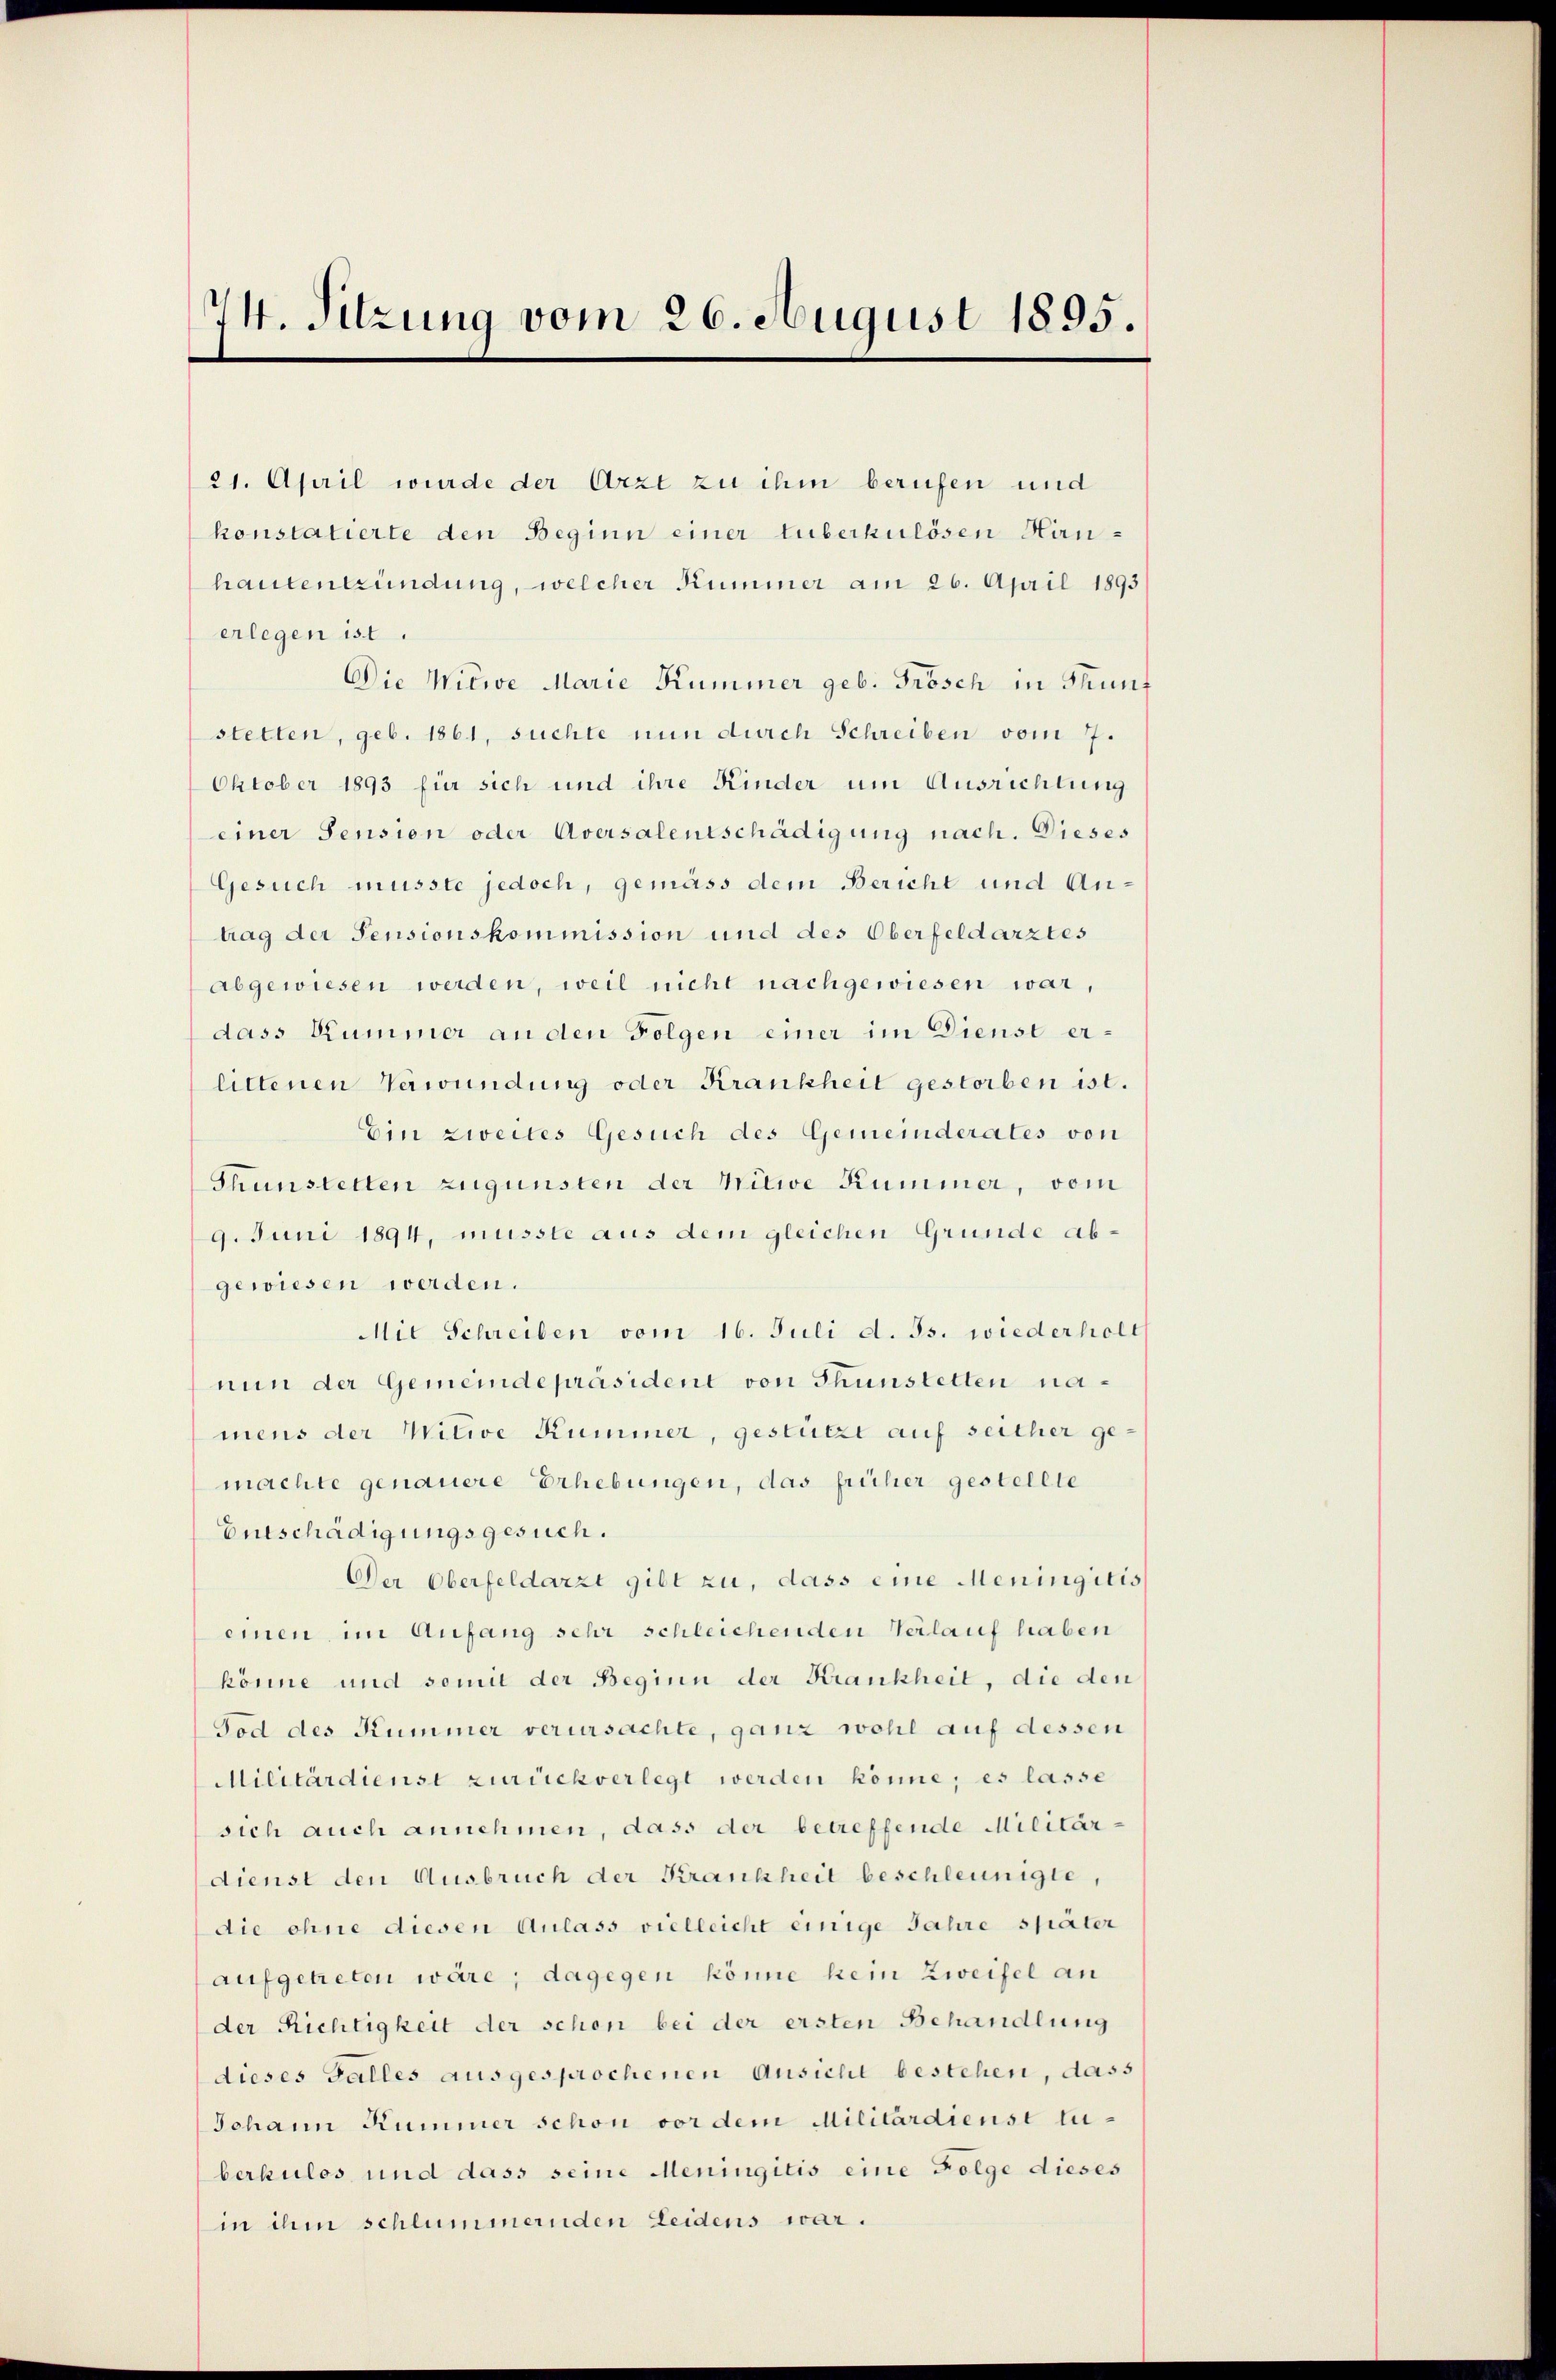
74. Sitzung vom 26. August 1895.

21. April wurde der Arzt zu ihm berufen und
konstatierte den Beginn einer Luberkulösen Hirnhauten wundung, welcher Kummer am 26. April 1893
erlegen ist.
Die Witwe Marie Kummer geb. Frösch in Thunf
stetten, geb. 1861, suchte nun durch Schreiben vom 7.
Oktober 1893 für sich und ihre Kinder um Ausrichtung
einer Sension oder Aversalentschädigung nach. Dieses
Gesuch müsste jedoch, gemäss dem Bericht und Antrag der Pensionskommission und des Oberfeldarztes
abgewiesen werden, weil nicht nachgewiesen war,
dass Kummer an den Folgen einer im Dienst erlittenen Verwundung oder Krankheit gestorben ist.
Ein zweites Gesuch des Gemeinderates von
Thunstetten zugunsten der Mitwe Kummer, vom
9. Juni 1894, müsste aus dem gleichen Gründe abgewiesen werden.
Mit Schreiben vom 16. Juli d. Js. wiederhole
nun der Gemeindepräsident von Thunstetten namens der Witwe Kummer, gestützt auf seither gemachte genauere Erhebungen, das früher gestellte
Entschädigungsgesuch.
Der Oberfeldarzt gibt zu, dass eine Meningitis
einen im Anfang sehr schleichenden Verlauf haben
könne und somit der Beginn der Krankheit, die den
Tod des Kummer verursachte, ganz wohl auf dessen
Militärdienst zurückverlegt werden könne; es lasse
sich auch annehmen, dass der betreffende Militärdienst den Ausbruch der Krankheit beschleunigte,
die ohne diesen Anlass vielleicht einige Jahre später
aufgetreten wäre; dagegen könne kein Zweifel an
der Richtigkeit der schon bei der ersten Behandlung
dieses Galles ausgesprochenen Ansicht bestehen, dass
Johann Kummer schon vor dem Militärdienst luberkulos und dass seine Meningitis eine Folge dieses
in ihm schlummernden Leidens war.